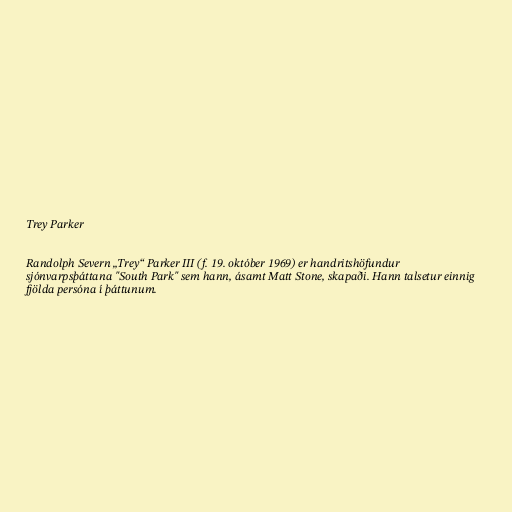
Trey Parker

Randolph Severn „Trey“ Parker III (f. 19. október 1969) er handritshöfundur
sjónvarpsþáttana "South Park" sem hann, ásamt Matt Stone, skapaði. Hann talsetur einnig
fjölda persóna í þáttunum.